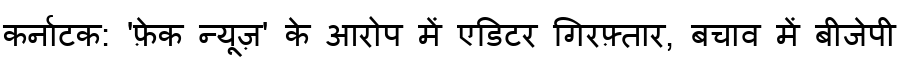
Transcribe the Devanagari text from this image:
कर्नाटक: 'फ़ेक न्यूज़' के आरोप में एडिटर गिरफ़्तार, बचाव में बीजेपी